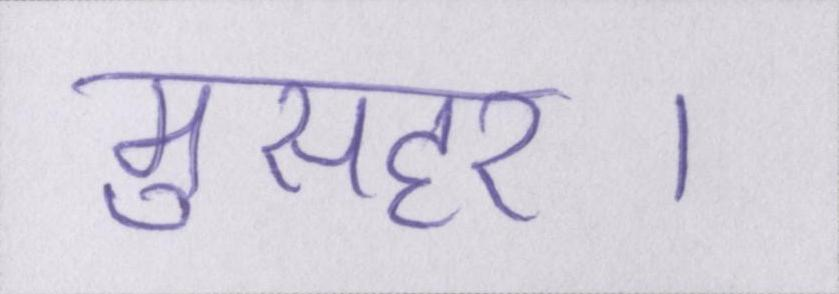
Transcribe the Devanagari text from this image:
मुसहर।